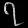
Digit: ၇